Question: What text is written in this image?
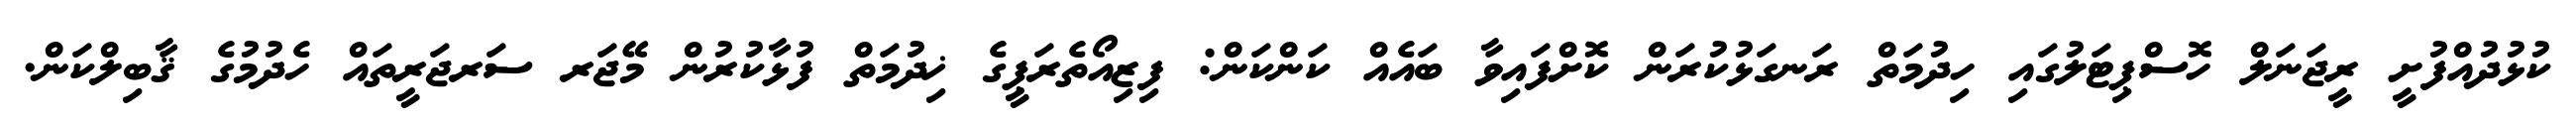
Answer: ކުޅުދުއްފުށީ ރީޖަނަލް ހޮސްޕިޓަލުގައި ހިދުމަތް ރަނގަޅުކުރަން ކޮށްފައިވާ ބައެއް ކަންކަން: ފިޒިއޯތެރަޕީގެ ޚިދުމަތް ފުޅާކުރުން މޭޖަރ ސަރޖަރީތައް ހެދުމުގެ ޤާބިލްކަން.